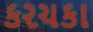
કરચકા